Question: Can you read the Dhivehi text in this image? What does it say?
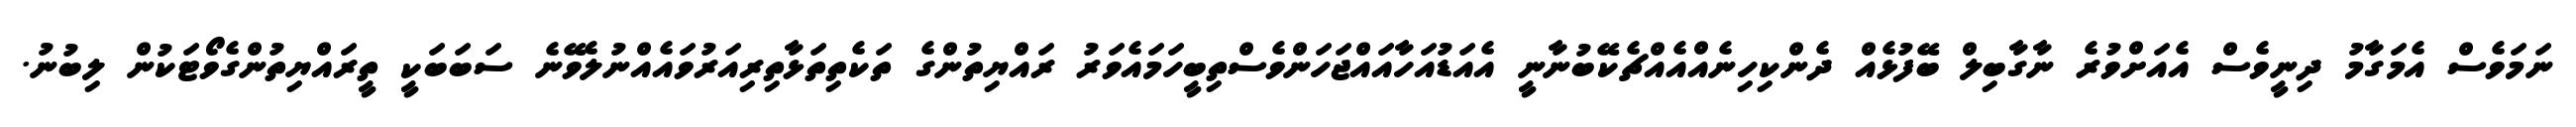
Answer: ނަމަވެސް އެމަގާމު ދިނީވެސް އެއަށްވުރެ ނާގާބިލް ބޭފުޅެއް ދެންކިހިނެއްއެއްޗެކޭބުނާނީ އެއަޑުއަހާއައްޖަހަންވެސްތިބީހަމައެވަރު ރައްޔިތުންގެ ތަކެތިތަޅާތިރިއަރުވައެއްނުލެވޭނެ ސަބަބަކީ ތީރައްޔިތުންގެވޯޓަކުން ލިބުނު.